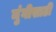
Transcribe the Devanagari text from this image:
मुंगीसाठी